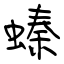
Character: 螓